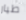
طيار